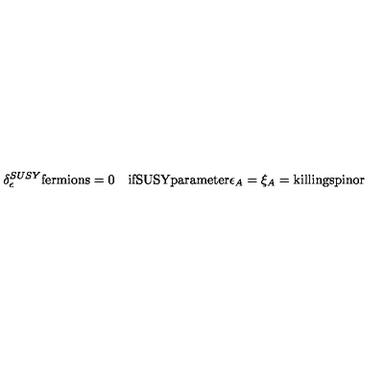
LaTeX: \delta _ { \epsilon } ^ { S U S Y } \mathrm { f e r m i o n s } = 0 \quad \mathrm { i f S U S Y p a r a m e t e r } \epsilon _ { A } = \xi _ { A } = \mathrm { k i l l i n g s p i n o r }